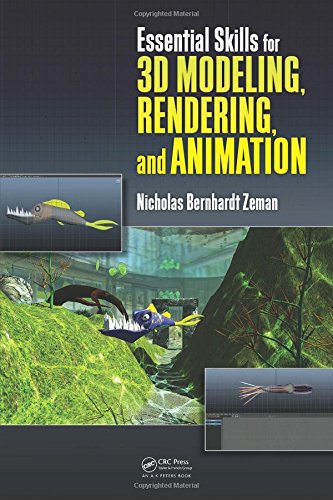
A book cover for Essential Skills for 3D Modeling, Rendering, and Animation; Nicholas Bernhardt Zeman; Computers & Technology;